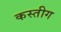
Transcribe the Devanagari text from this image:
कस्तीग